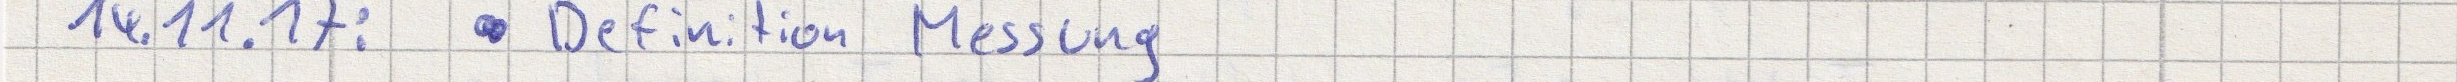
14.11.17:  - Definition Messung